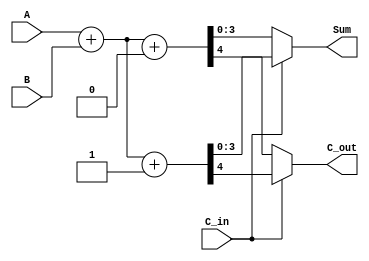
module CarrySelectAdder (
    input [3:0] A,  // First 4-bit input
    input [3:0] B,  // Second 4-bit input
    input C_in,     // Carry input
    output [3:0] Sum, // 4-bit Sum output
    output C_out    // Carry output
);

    wire [3:0] sum0, sum1; // Sums for carry-in 0 and 1
    wire c0, c1;           // Carry outputs for carry-in 0 and 1

    // Full adder logic for carry-in = 0
    assign {c0, sum0} = A + B + 0;

    // Full adder logic for carry-in = 1
    assign {c1, sum1} = A + B + 1;

    // Multiplexer to select the correct sum based on C_in
    assign Sum = (C_in) ? sum1 : sum0;

    // Final carry-out is the carry from the selected sum
    assign C_out = (C_in) ? c1 : c0;

endmodule